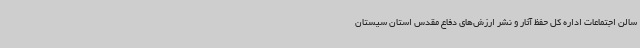
سالن اجتماعات اداره کل حفظ آثار و نشر ارزش‌های دفاع مقدس استان سیستان